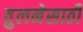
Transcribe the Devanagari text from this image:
तुलनेसाठी